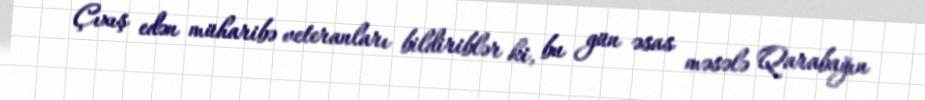
Çıxış edən müharibə veteranları bildiriblər ki, bu gün əsas məsələ Qarabağın